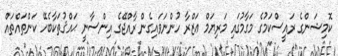
ކޮމިޝަންގެ ރައީސްކަމުގެ މަގާމުގައި މަރިޔަމް ޢަޒްރާ ހުންނަވައިގެން ރާއްޖޭގެ އިންސާނީ ޙައްޤުތަކާބެހޭ ކަންތައްތައް